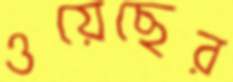
ওয়েছের